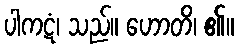
ပါကဋံ၊ သည်။ ဟောတိ၊ ၏။